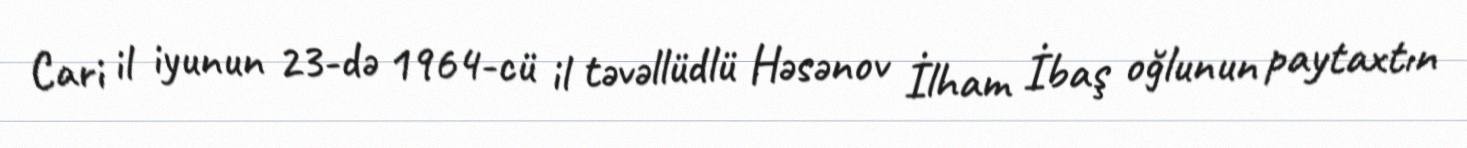
Cari il iyunun 23-də 1964-cü il təvəllüdlü Həsənov İlham İbaş oğlunun paytaxtın